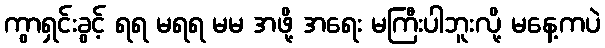
ကွာရှင်းခွင့် ရရ မရရ မမ အဖို့ အရေး မကြီးပါဘူးလို့ မနေ့ကပဲ